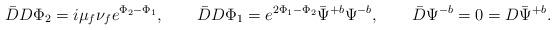
LaTeX: \begin{align*}\bar DD\Phi_2=i\mu_f\nu_fe^{\Phi_2-\Phi_1},\qquad\bar DD\Phi_1=e^{2\Phi_1-\Phi_2}\bar\Psi^{+b}\Psi^{-b},\qquad \bar D\Psi^{-b}=0=D\bar\Psi^{+b}.\end{align*}